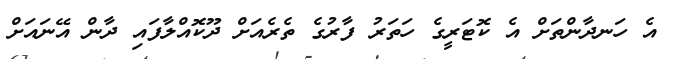
އެ ހަނދާންތަަށް އެ ކޮޓަރީގެ ހަތަރު ފާރުގެ ތެރެއަށް ދޫކޮއްލާފައި ދާން އޭނައަށް